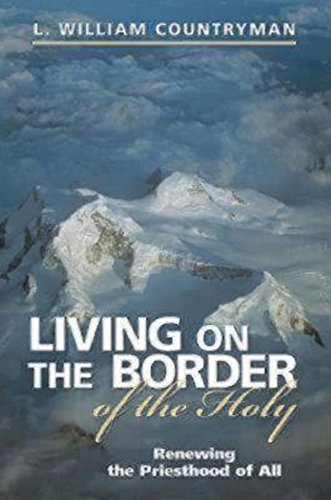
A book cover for Living on the Border of the Holy: Renewing the Priesthood of All; L. William Countryman; Christian Books & Bibles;